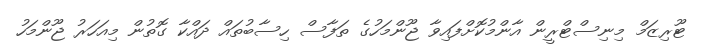
ޓޫރިޒަމް މިނިސްޓްރީން އާންމުކޮށްފައިވާ ޖޫންމަހުގެ ތަފާސް ހިސާބުތައް ދައްކާ ގޮތުން މިއަހަރު ޖޫންމަހު